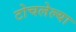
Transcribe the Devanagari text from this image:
टोचलेल्या